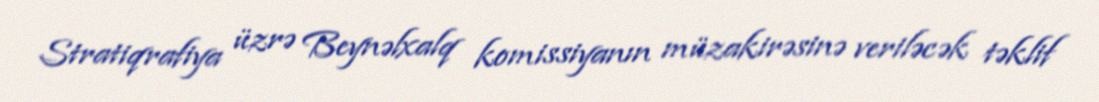
Stratiqrafiya üzrə Beynəlxalq komissiyanın müzakirəsinə veriləcək təklif